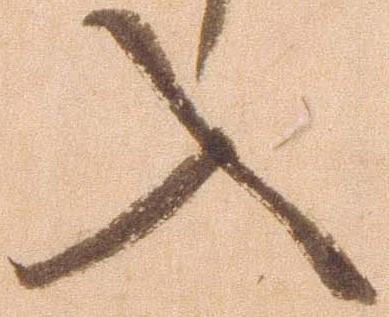
入